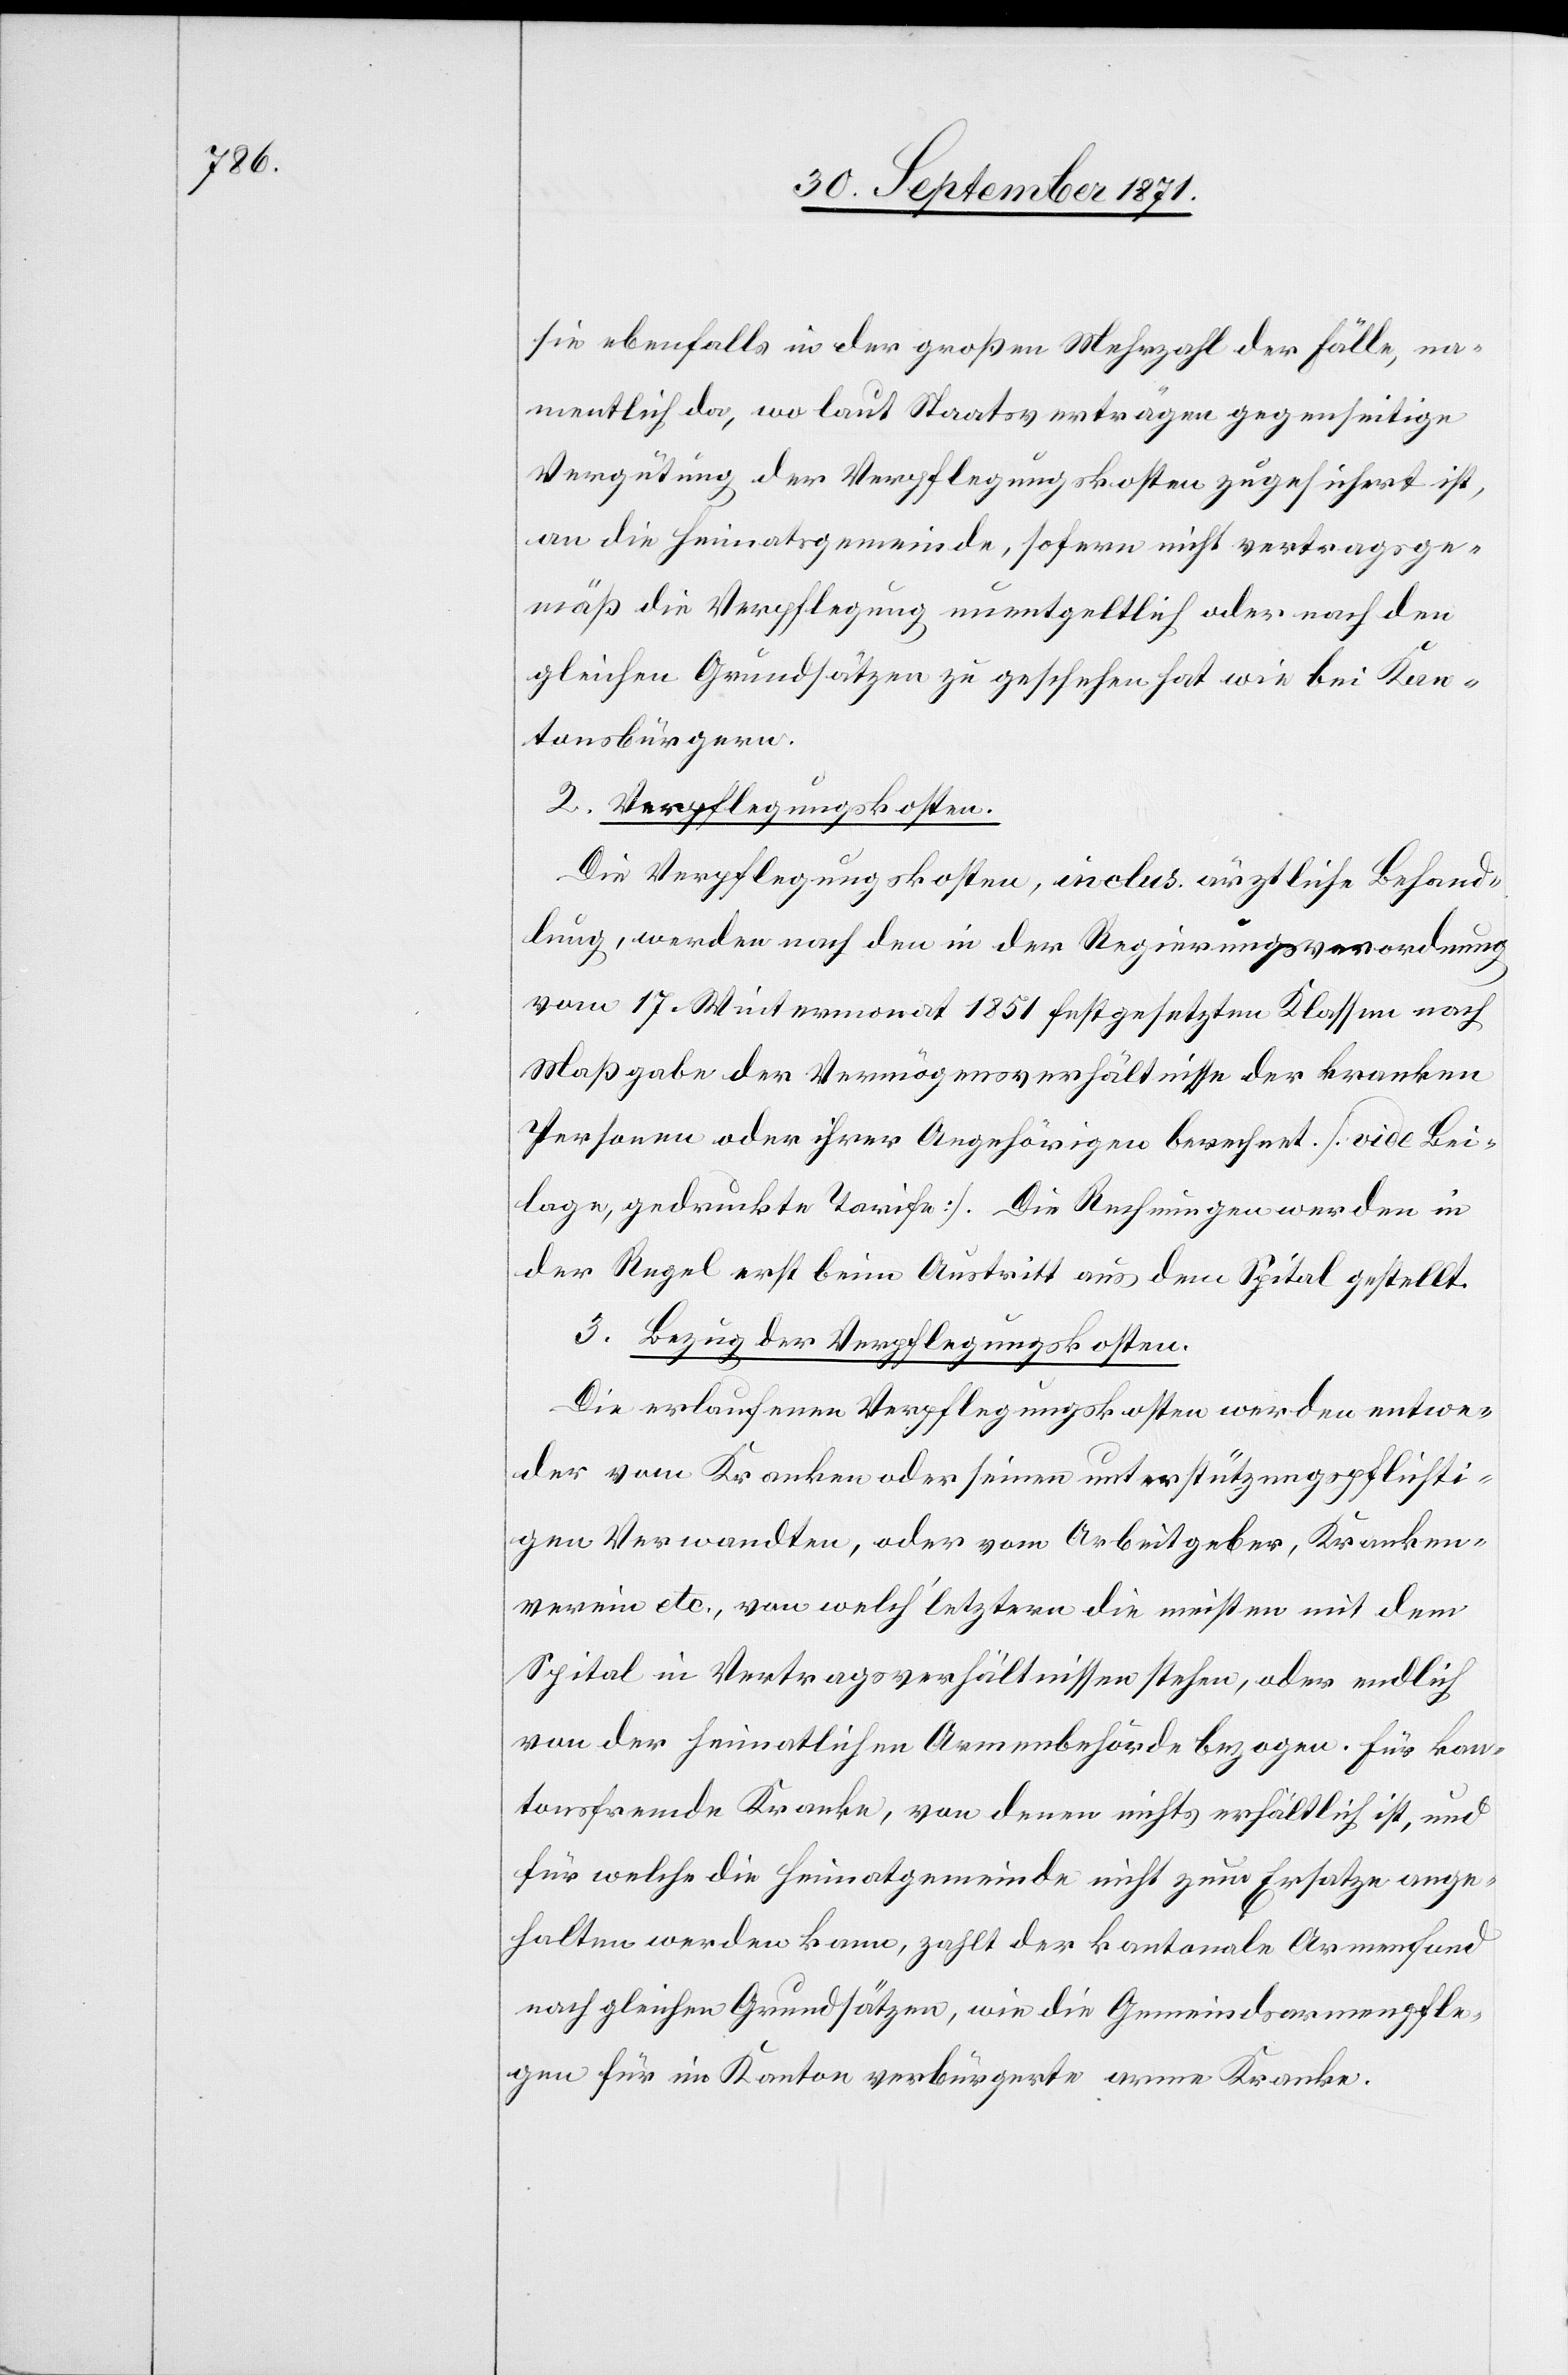
sie ebenfalls in der großen Mehrzahl der Fälle, na¬
mentlich da, wo laut Staatsverträgen gegenseitige
Vergütung der Verpflegungskosten zugesichert ist,
an die Heimatgemeinde, sofern nicht vertragsge¬
mäß die Verpflegung unentgeltlich oder nach den
gleichen Grundsätzen zu geschehen hat wie bei Kan¬
tonsbürgern.
2. Verpflegungskosten.
Die Verpflegungskosten, inclus. ärztliche Behand¬
lung, werden nach den in der Regierungsverordnung
vom 17. Wintermonat 1851 festgesetzten Klassen nach
Maßgabe der Vermögensverhältnisse der kranken
Personen oder ihrer Angehörigen berechnet. [vide Bei¬
lage, gedruckte Tarife]. Die Rechnungen werden in
der Regel erst beim Austritt aus dem Spital gestellt.
3. Bezug der Verpflegungskosten.
Die erlaufenen Verpflegungskosten werden entwe¬
der vom Kranken oder seinen unterstützungspflichti¬
gen Verwandten, oder vom Arbeitgeber, Kranken¬
verein etc., von welch’ letztere die meisten mit dem
Spital in Vertragsverhältnissen stehen, oder endlich
von der heimatlichen Armenbehörde bezogen. Für kan¬
tonsfremde Kranke, von denen nichts erhältlich ist, und
für welche die Heimatgemeinde nicht zum Ersatze ange¬
halten werden kann zahlt der kantonale Armenfond
nach gleichen Grundsätzen, wie die Gemeindsarmenpfle¬
gen für im Kanton verbürgerte arme Kranke.